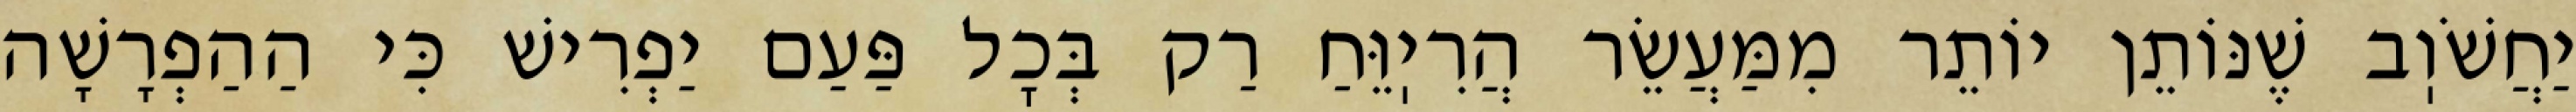
יַחֲשֹׁוֽב שֶׁנּוֹתֵן יוֹתֵר מִמַּעֲשֵׂר הֲרִיֽוֵּחַ רַק בְּכׇל פַּעַם יַפְרִישׁ כִּי הַהַפְרָשָׁה